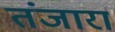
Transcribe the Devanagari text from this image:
तंजारा